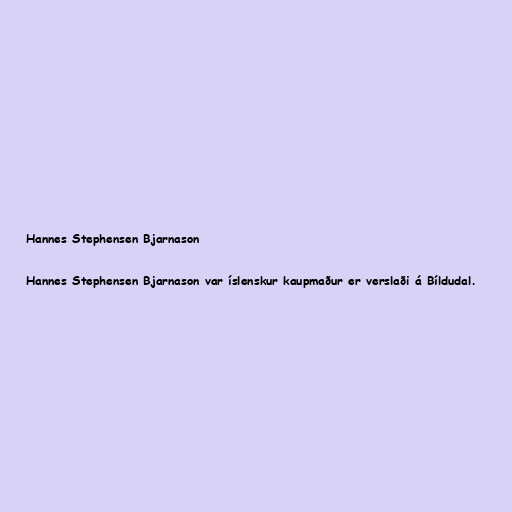
Hannes Stephensen Bjarnason

Hannes Stephensen Bjarnason var íslenskur kaupmaður er verslaði á Bíldudal.